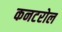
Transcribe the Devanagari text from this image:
कनटरोल